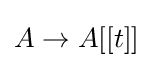
A\to A[[t]]